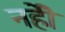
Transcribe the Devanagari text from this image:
नहीें